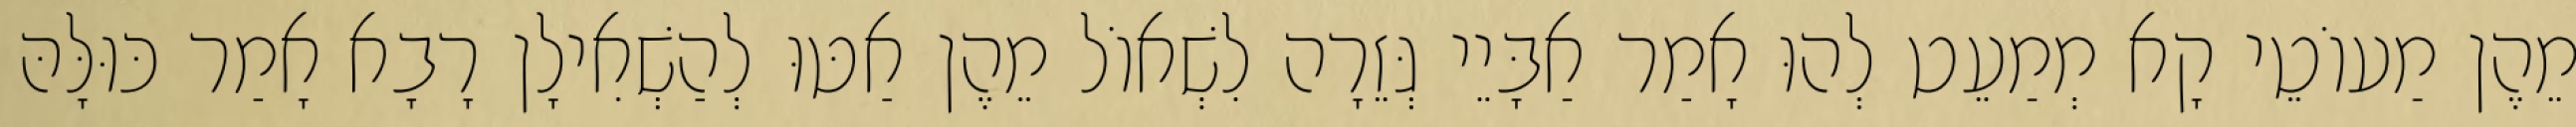
מֵהֶן מַעוֹטֵי קָא מְמַעֵט לְהוּ אָמַר אַבָּיֵי גְּזֵרָה לִשְׁאוֹל מֵהֶן אַטּוּ לְהַשְׁאִילָן רָבָא אָמַר כּוּלָּהּ